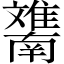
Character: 𲉯